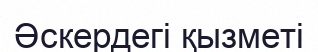
Әскердегі қызметі